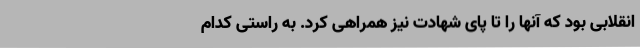
انقلابی بود که آنها را تا پای شهادت نیز همراهی کرد. به راستی کدام